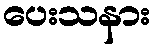
ပေးသနား